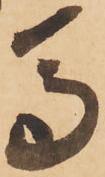
馬